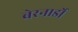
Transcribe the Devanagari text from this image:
बेरनार्डो